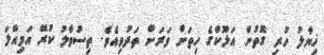
ޚިޔާލު ހުރި ގޮތުން އަލޫކްގެ ހިތަށް ވަރަށް ތަދުވިއެވެ. ތިސުވާލު ކުރޭ އަމިއްލަ